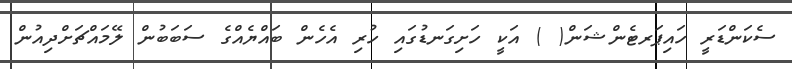
ސެކަންޑަރީ ހައިޕަރޓެންޝަން( ) އަކީ ހަށިގަނޑުގައި ހުރި އެހެން ބައްޔެއްގެ ސަބަބުން ލޭމައްޗަށްދިއުން